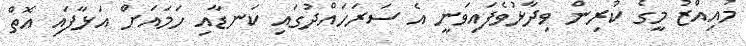
މުއިއްޒު މީގެ ކުރިން ވިދާޅުވެފައިވަނީ އެ ސަރަހައްދުގައި ކަނޑާއި ހަމައަށް އަޅާފައި އޮތް